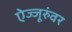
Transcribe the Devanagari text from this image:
ऐज्जूरुंवर